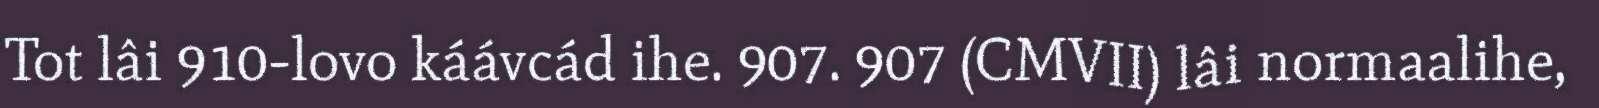
Tot lâi 910-lovo káávcád ihe. 907. 907 (CMVII) lâi normaalihe,